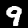
Digit: 9